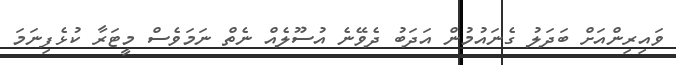
ވައިރިންއަށް ބަދަލު ގެނައުމުން އަދަބު ދެވޭނެ އުސޫލެއް ނެތް ނަމަވެސް މީޓަރާ ކުޅެފިނަމަ